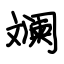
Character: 斓